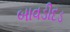
બાવડીદડ